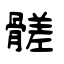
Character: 髊